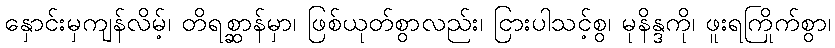
နှောင်းမှကျန်လိမ့်၊ တိရစ္ဆာန်မှာ၊ ဖြစ်ယုတ်စွာလည်း၊ ငြားပါသင့်စွ၊ မုနိန္ဒကို၊ ဖူးရကြိုက်စွာ၊